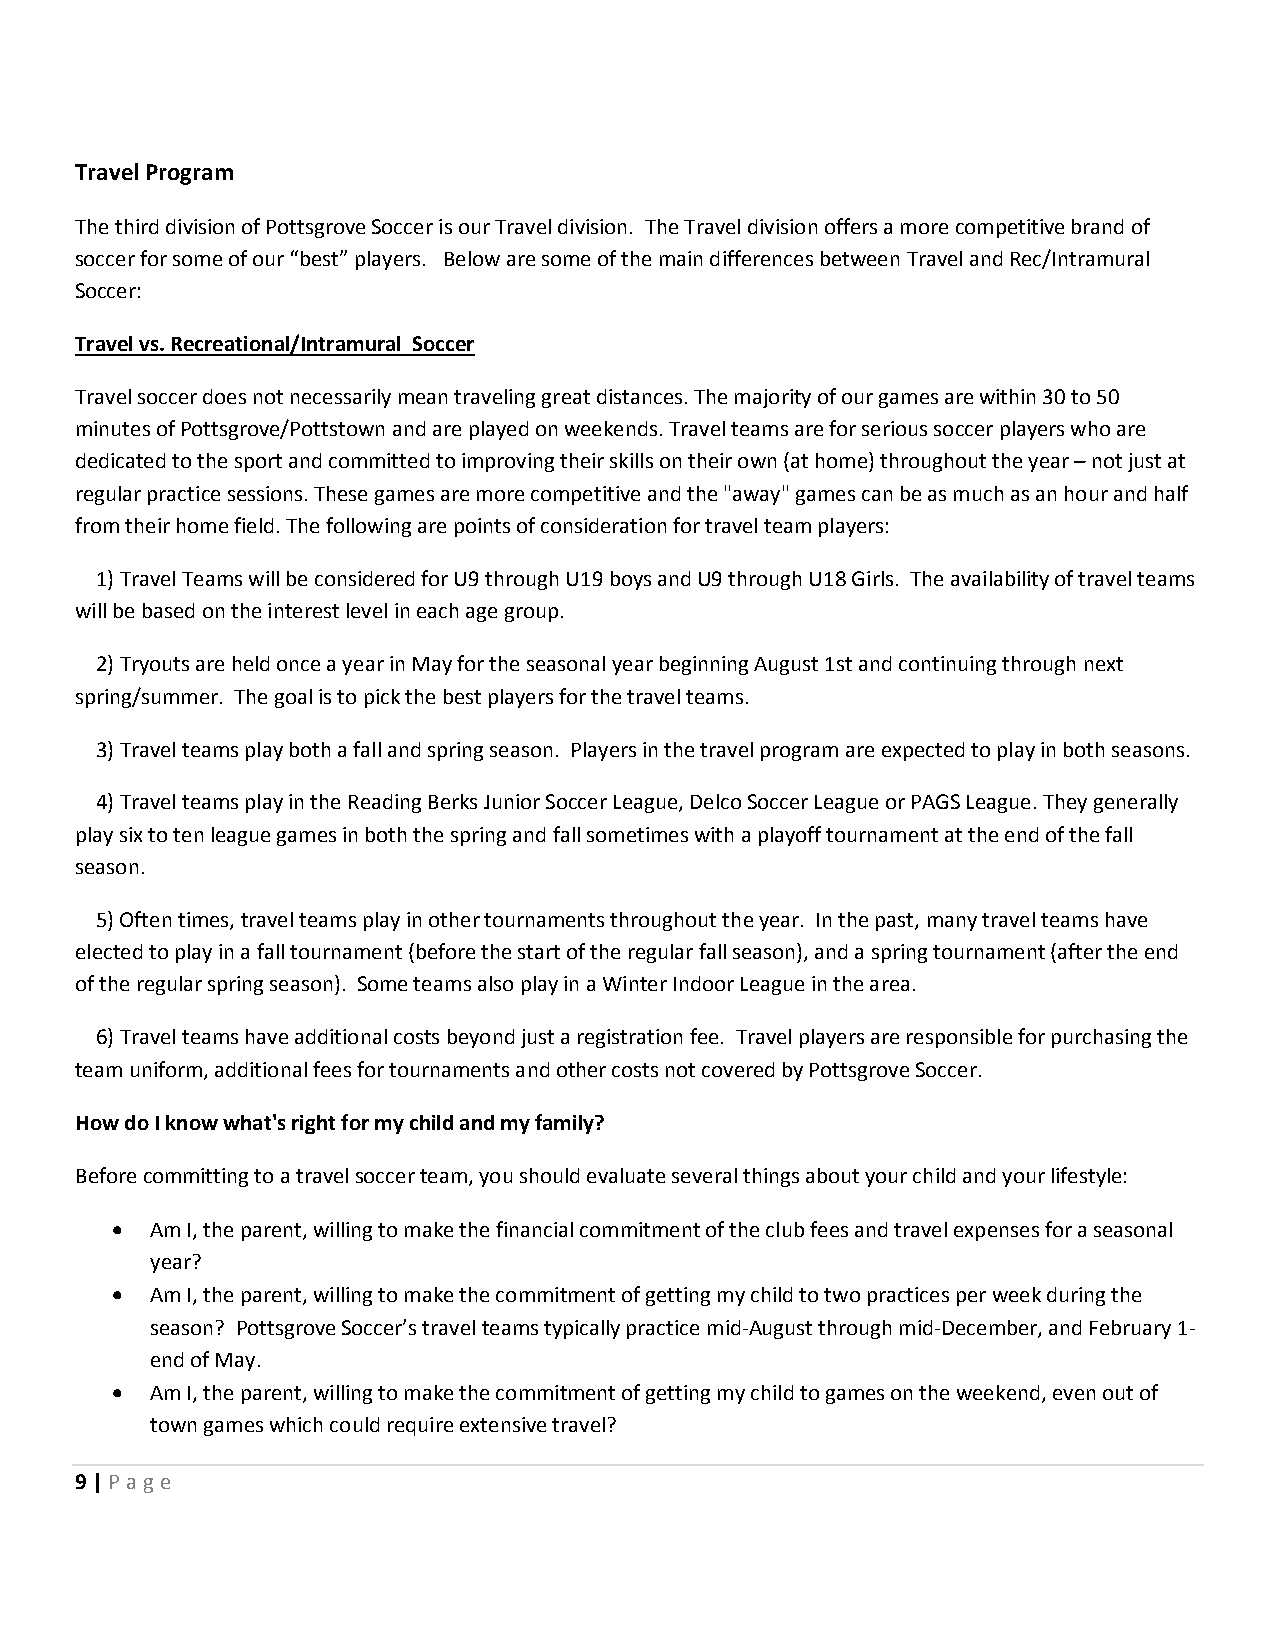
Travel Program
 The third division of Pottsgrove Soccer is our Travel division. The Travel division offers a more competitive brand of
 soccer for some of our “best” players. Below are some of the main differences between Travel and Rec/Intramural
 Soccer:
 Travel vs. Recreational/Intramural Soccer
 Travel soccer does not necessarily mean traveling great distances. The majority of our games are within 30 to 50
 minutes of Pottsgrove/Pottstown and are played on weekends. Travel teams are for serious soccer players who are
 dedicated to the sport and committed to improving their skills on their own (at home) throughout the year – not just at
 regular practice sessions. These games are more competitive and the "away" games can be as much as an hour and half
 from their home field. The following are points of consideration for travel team players:
 1) Travel Teams will be considered for U9 through U19 boys and U9 through U18 Girls. The availability of travel teams
 will be based on the interest level in each age group.
 2) Tryouts are held once a year in May for the seasonal year beginning August 1st and continuing through next
 spring/summer. The goal is to pick the best players for the travel teams.
 3) Travel teams play both a fall and spring season. Players in the travel program are expected to play in both seasons.
 4) Travel teams play in the Reading Berks Junior Soccer League, Delco Soccer League or PAGS League. They generally
 play six to ten league games in both the spring and fall sometimes with a playoff tournament at the end of the fall
 season.
 5) Often times, travel teams play in other tournaments throughout the year. In the past, many travel teams have
 elected to play in a fall tournament (before the start of the regular fall season), and a spring tournament (after the end
 of the regular spring season). Some teams also play in a Winter Indoor League in the area.
 6) Travel teams have additional costs beyond just a registration fee. Travel players are responsible for purchasing the
 team uniform, additional fees for tournaments and other costs not covered by Pottsgrove Soccer.
 How do I know what's right for my child and my family?
 Before committing to a travel soccer team, you should evaluate several things about your child and your lifestyle:
   Am I, the parent, willing to make the financial commitment of the club fees and travel expenses for a seasonal
 year?
   Am I, the parent, willing to make the commitment of getting my child to two practices per week during the
 season? Pottsgrove Soccer’s travel teams typically practice mid-August through mid-December, and February 1-
 end of May.
   Am I, the parent, willing to make the commitment of getting my child to games on the weekend, even out of
 town games which could require extensive travel?
 9 | P age